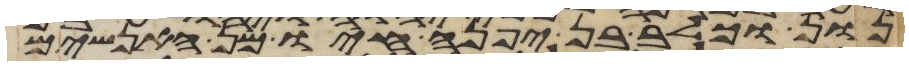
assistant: נון וכלב בן יפנה חיו מן האנשים